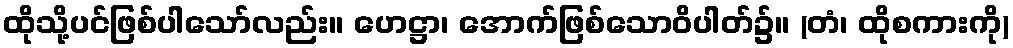
ထိုသို့ပင်ဖြစ်ပါသော်လည်း။ ဟေဋ္ဌာ၊ အောက်ဖြစ်သောဝိပါတ်၌။ (တံ၊ ထိုစကားကို)